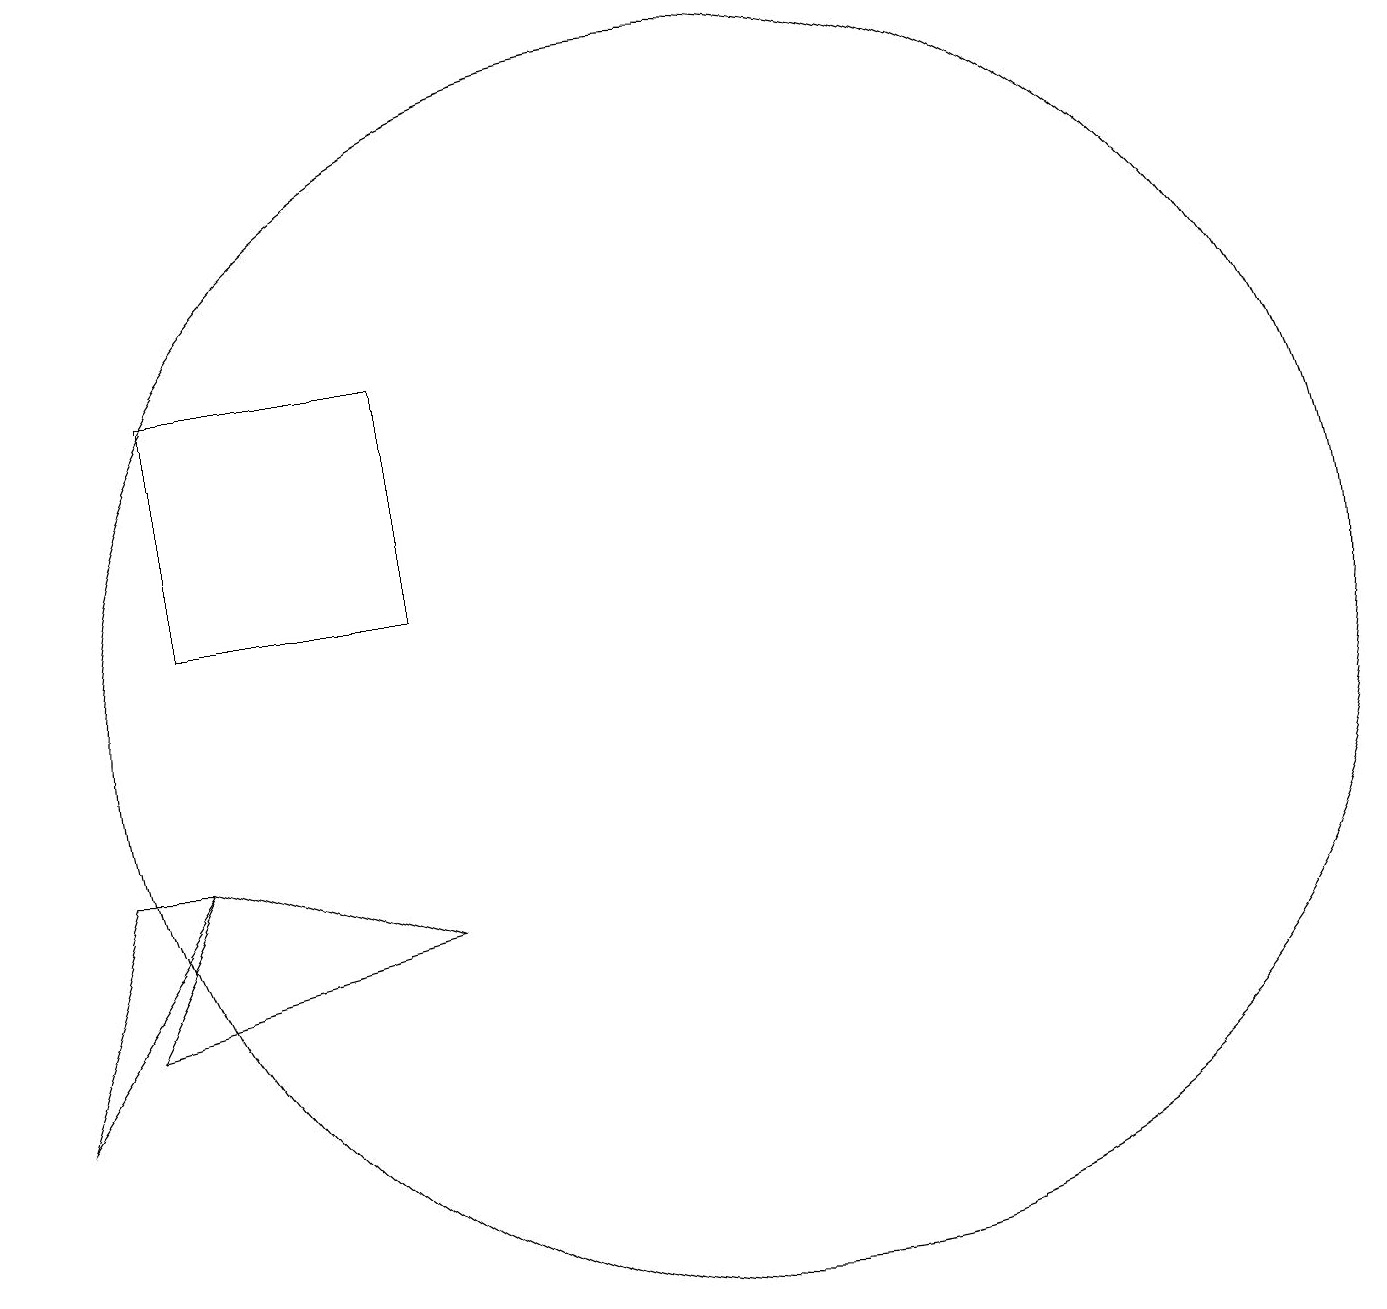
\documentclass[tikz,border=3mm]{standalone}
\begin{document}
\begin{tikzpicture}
\draw (6,11) rectangle (3,14);
\draw (10,10) circle (8);
\draw (2,6) -- (6,7) -- (3,8) -- cycle;
\draw (1,5) -- (2,8) -- (3,8) -- cycle;
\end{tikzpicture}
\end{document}